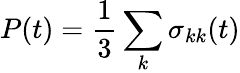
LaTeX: P(t)=\frac{1}{3}\sum_{k}\sigma_{kk}(t)